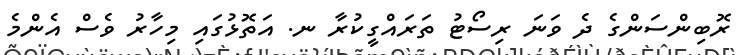
ރޮބިންސަންގެ ދެ ވަނަ ރިސޯޓު ތަރައްގީކުރާ ނ. އަތޮޅުގައި މިހާރު ވެސް އެންމެ